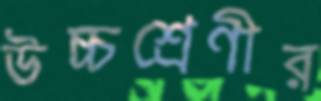
উচ্চশ্রেণীর